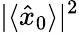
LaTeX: |\langle\hat{x}_{0}\rangle|^{2}